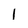
Character: 1